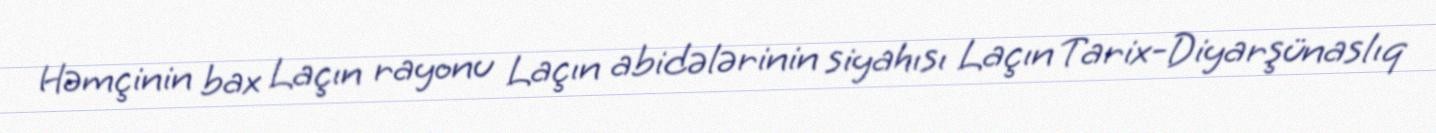
Həmçinin bax Laçın rayonu Laçın abidələrinin siyahısı Laçın Tarix-Diyarşünaslıq